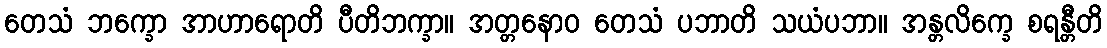
တေသံ ဘက္ခော အာဟာရောတိ ပီတိဘက္ခာ။ အတ္တနောဝ တေသံ ပဘာတိ သယံပဘာ။ အန္တလိက္ခေ စရန္တီတိ